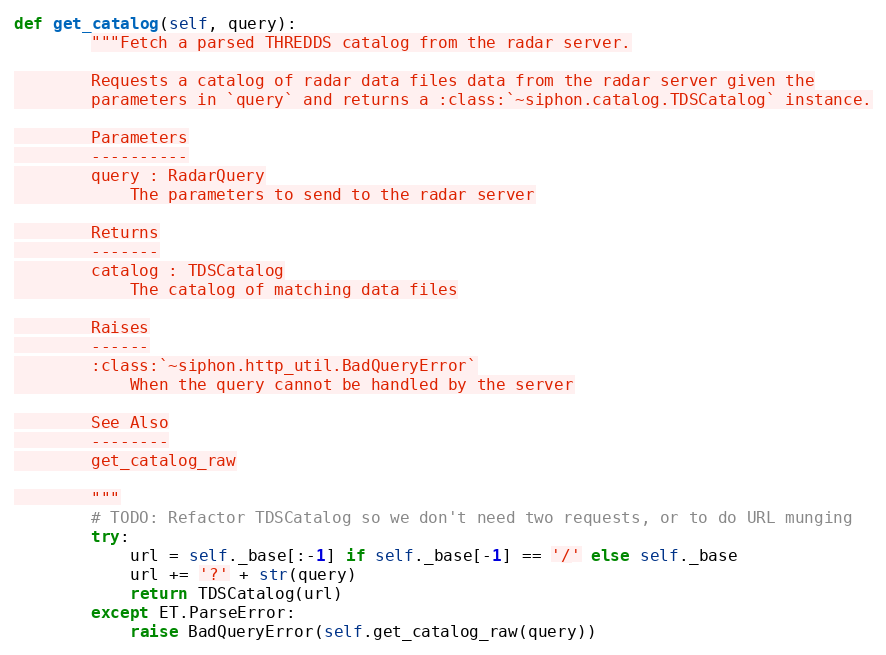
Language: Python
def get_catalog(self, query):
        """Fetch a parsed THREDDS catalog from the radar server.

        Requests a catalog of radar data files data from the radar server given the
        parameters in `query` and returns a :class:`~siphon.catalog.TDSCatalog` instance.

        Parameters
        ----------
        query : RadarQuery
            The parameters to send to the radar server

        Returns
        -------
        catalog : TDSCatalog
            The catalog of matching data files

        Raises
        ------
        :class:`~siphon.http_util.BadQueryError`
            When the query cannot be handled by the server

        See Also
        --------
        get_catalog_raw

        """
        # TODO: Refactor TDSCatalog so we don't need two requests, or to do URL munging
        try:
            url = self._base[:-1] if self._base[-1] == '/' else self._base
            url += '?' + str(query)
            return TDSCatalog(url)
        except ET.ParseError:
            raise BadQueryError(self.get_catalog_raw(query))